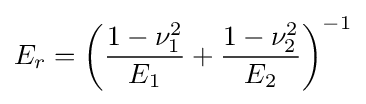
E_{r}=\left({\frac {1-\nu _{1}^{2}}{E_{1}}}+{\frac {1-\nu _{2}^{2}}{E_{2}}}\right)^{-1}